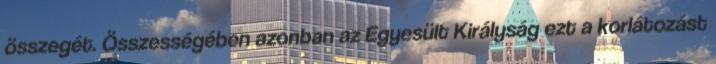
összegét. Összességében azonban az Egyesült Királyság ezt a korlátozást